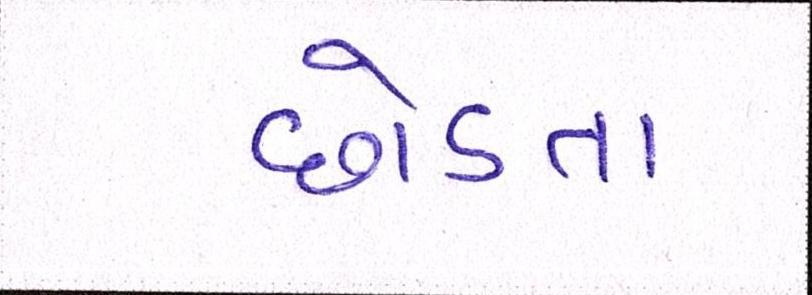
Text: છોડતા